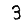
Digit: 3